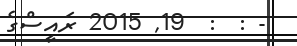
- :  :  19